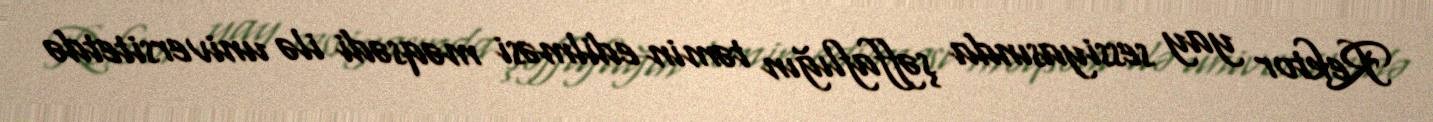
Rektor yay sessiyasında şəffaflığın təmin edilməsi məqsədi ilə universitetdə